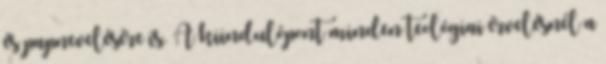
és papnevelésére is. A kiindulópont minden teológiai érvelésnél a